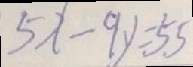
5 x - 9 y = 5 5